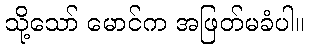
သို့သော် မောင်က အဖြတ်မခံပါ။